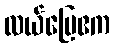
လယ်မြေဧက